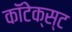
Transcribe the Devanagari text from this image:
कॉंटेक्स्ट